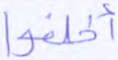
أخلفوا